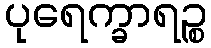
ပုရေက္ခာရဉ္စ